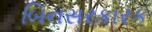
બિનસરકારક